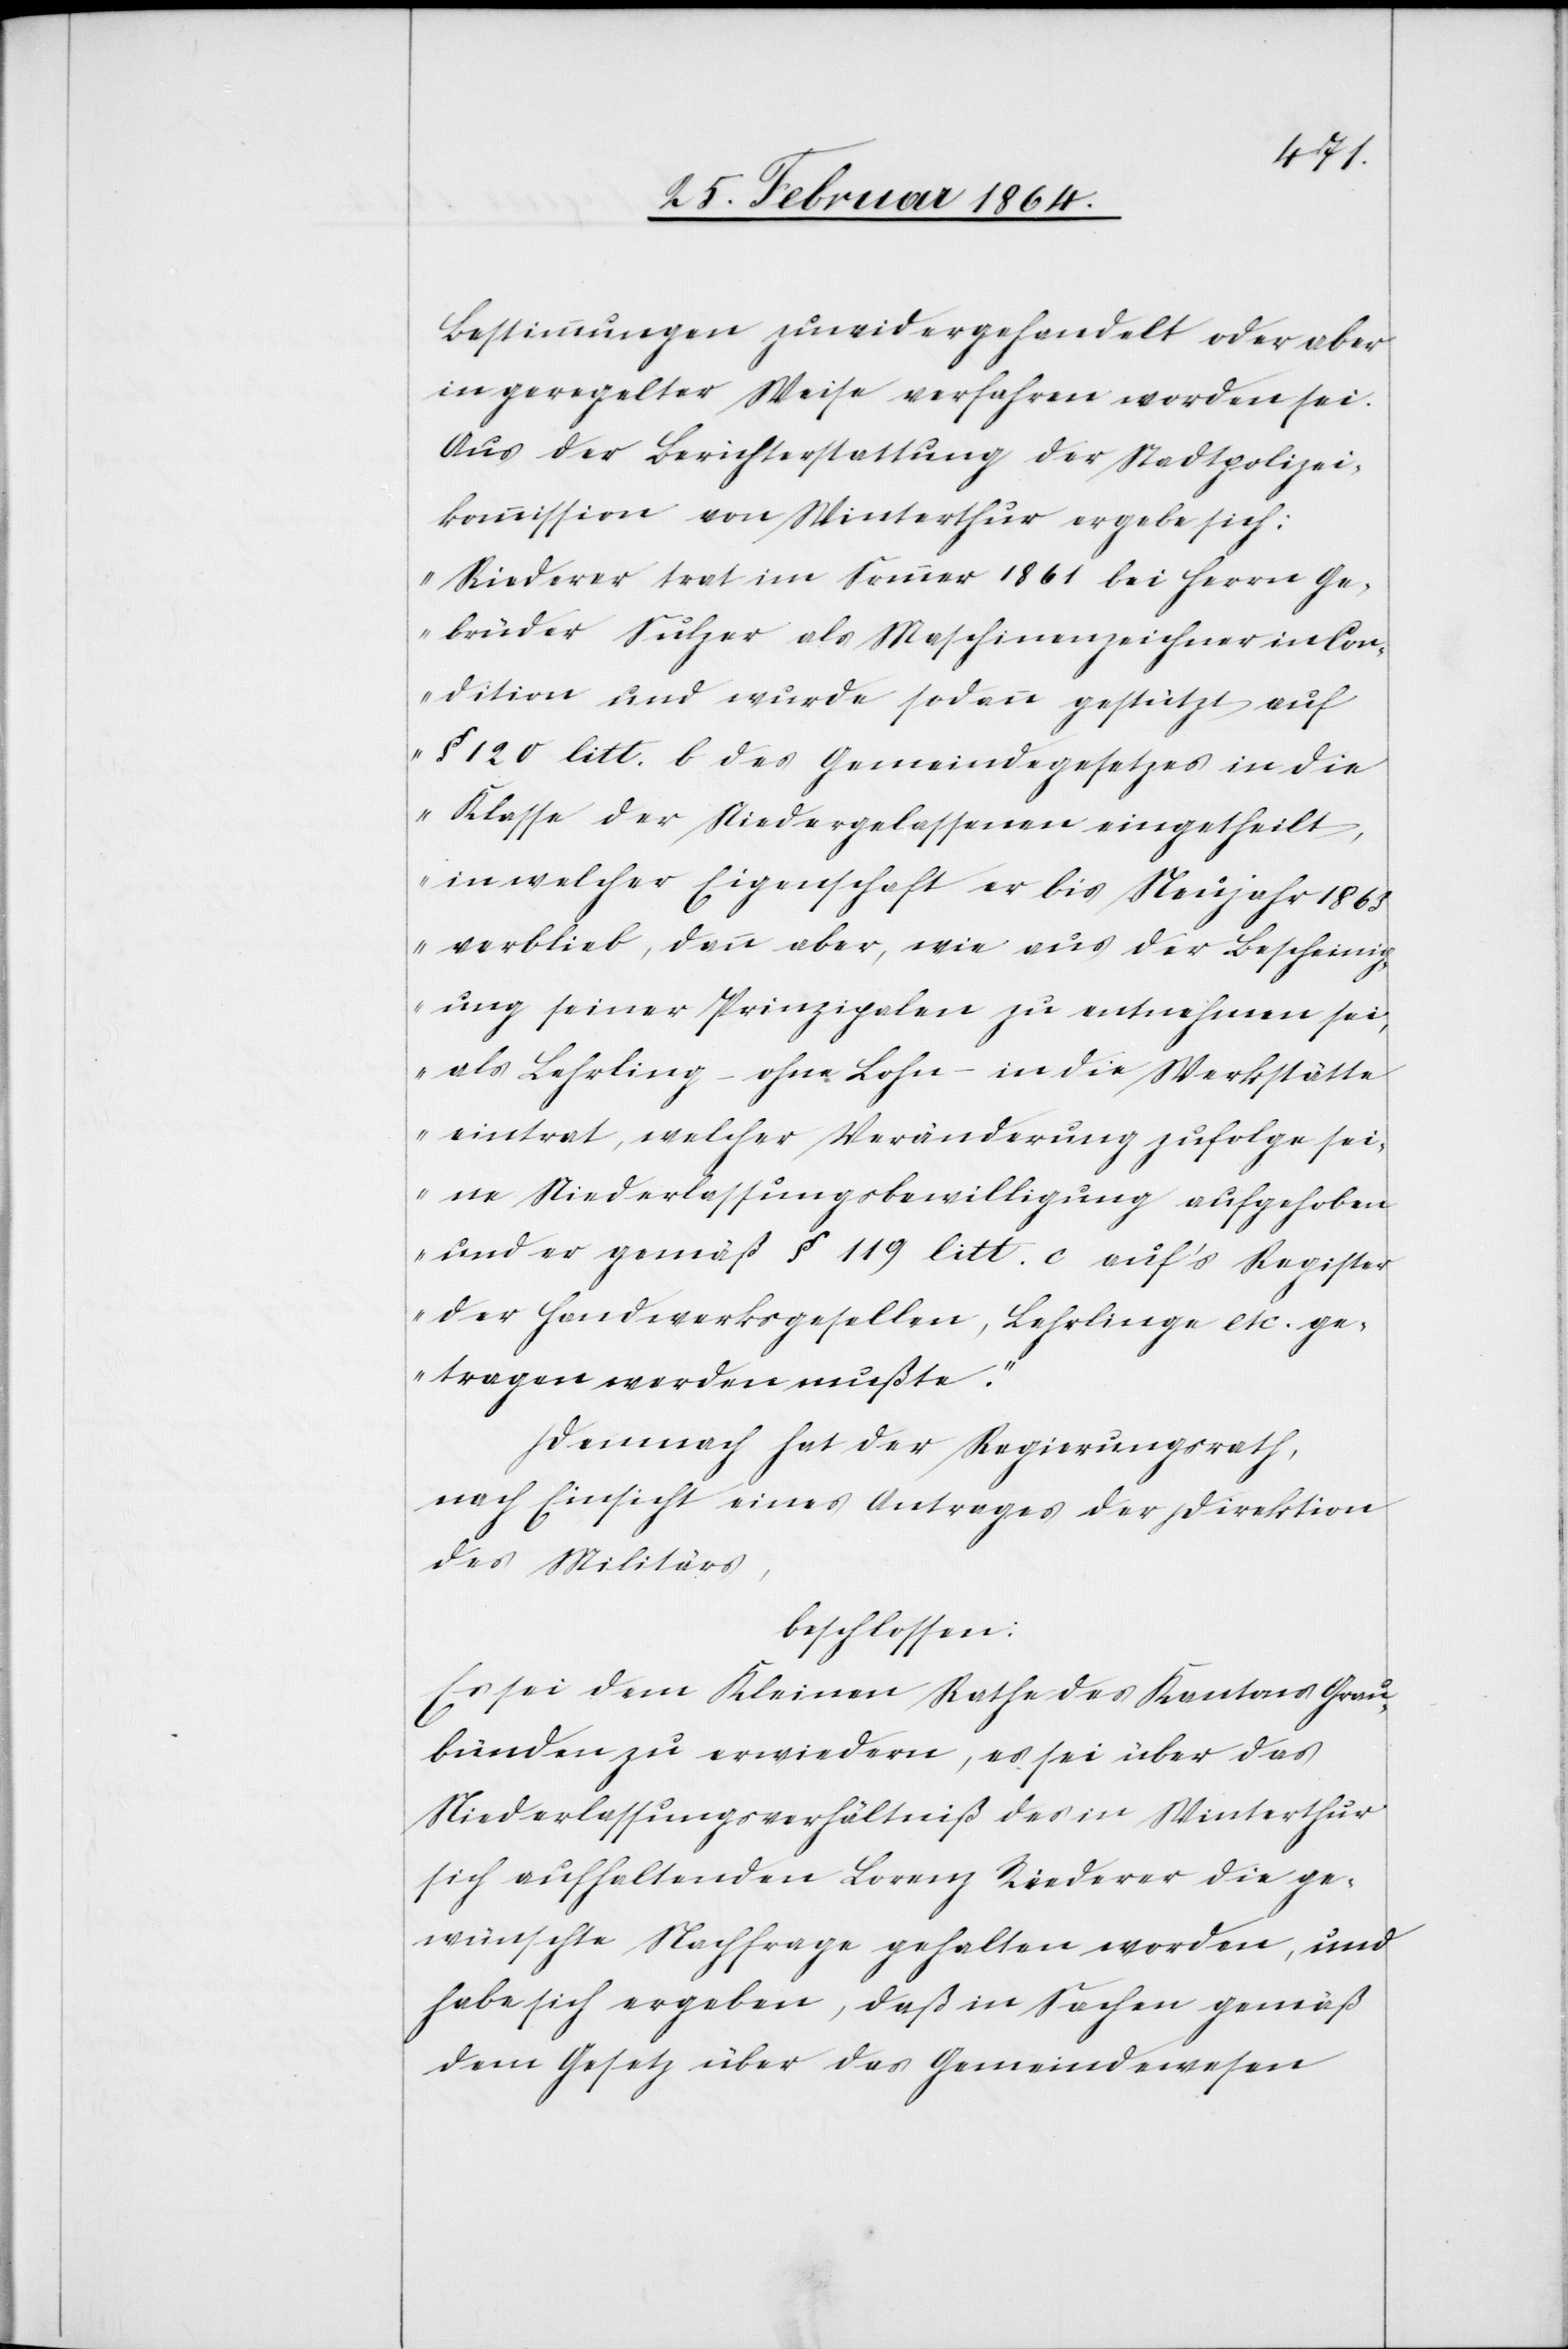
Bestimmungen zuwidergehandelt oder aber
in geregelter Weise verfahren worden sei.
Aus der Berichterstattung der Stadtpolizei¬
kommission von Winterthur ergebe sich:
„Riederer trat im Sommer 1861 bei Herrn Ge¬
brüder Sulzer als Maschinenzeichner in Con¬
dition und wurde sodann gestützt auf
§ 120 litt. b. des Gemeindegesetzes in die
Klasse der Niedergelassenen eingetheilt,
in welcher Eigenschaft er bis Neujahr 1863
verblieb, dann aber, wie aus der Bescheinig¬
ung seiner Prinzipalen zu entnehmen sei,
als Lehrling – ohne Lohn – in die Werkstätte
eintrat, welcher Veränderung zufolge sei¬
ne Niederlassungsbewilligung aufgehoben
und er gemäß § 199 litt. c auf’s Register
der Handwerksgesellen, Lehrlinge etc. ge¬
tragen werden mußte.“
Demnach hat der Regierungsrath,
nach Einsicht eines Antrages der Direktion
des Militärs,
beschlossen:
Es sei dem Kleinen Rathe des Kantons Grau¬
bünden zu erwiedern, es sei über das
Niederlassungsverhältniß des in Winterthur
sich aufhaltenden Lorenz Riederer die ge¬
wünschte Nachfrage gehalten worden, und
habe sich ergeben, daß in Sachen gemäß
dem Gesetz über das Gemeindewesen